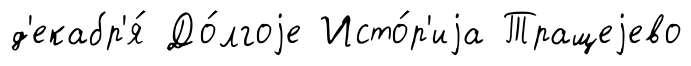
д'екабр'я́ До́лгоjе Исто́р'иjа Тращеjево